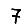
Digit: 7